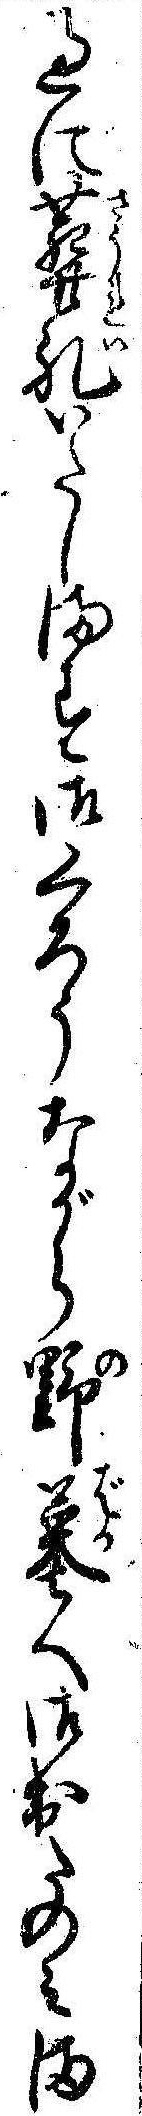
過に葬礼いたします御くろうながら野墓へ御出たのみま